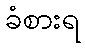
ခံစားရ